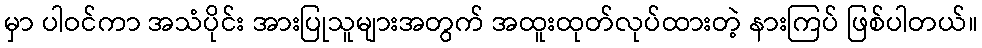
မှာ ပါဝင်ကာ အသံပိုင်း အားပြုသူများအတွက် အထူးထုတ်လုပ်ထားတဲ့ နားကြပ် ဖြစ်ပါတယ်။